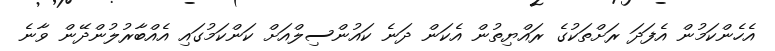
އެހެންކަމުން އެފަދަ ރަށްތަކުގެ ރައްޔިތުން އެކަން ދަނެ ކައުންސިލްއަށް ކަންކަމުގައި އެއްބާރުލުންދޭން ވާނެ